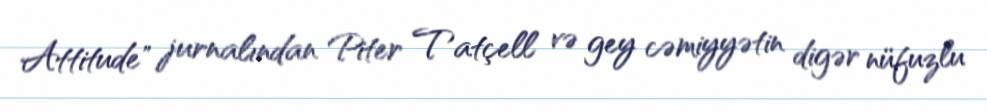
Attitude" jurnalından Piter Tatçell və gey cəmiyyətin digər nüfuzlu